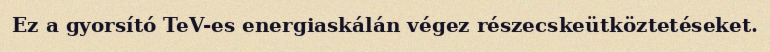
Ez a gyorsító TeV-es energiaskálán végez részecskeütköztetéseket.